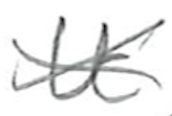
Text: It
Cross-out: cross
Writing tool: pencil